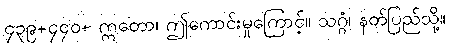
၄၃၉+၄၄၀+ ဣတော၊ ဤကောင်းမှုကြောင့်။ သဂ္ဂံ၊ နတ်ပြည်သို့။